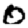
Digit: 0